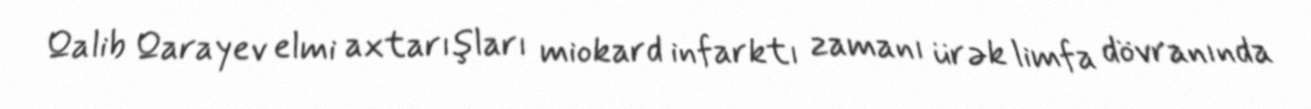
Qalib Qarayev elmi axtarışları miokard infarktı zamanı ürək limfa dövranında